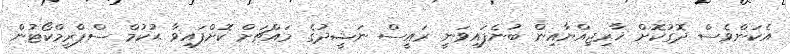
އެކަންވެސް ދޮގުކޮށް ޚާރިޖިއްޔާއިން ބުނެފައިވަނީ ރައީސް ނަޝީދުގެ މައްޗަށް ކޮށްފައިވާ ޙުކުމް ސްޕްރީމްކޯޓުން